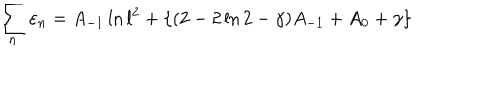
LaTeX: \sum _ { n } \varepsilon _ { n } = A _ { - 1 } \ln l ^ { 2 } + \{ ( 2 - 2 \ln 2 - \gamma ) A _ { - 1 } + A _ { 0 } + \gamma \}